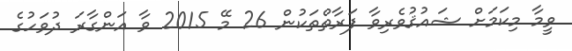
ވީމާ މިކަމަށް ޝައުޤުވެރިވާ ފަރާތްތަކުން 26 މޭ 2015 ވާ އަންގާރަ ދުވަހުގެ